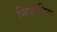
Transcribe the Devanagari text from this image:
निपानिया